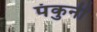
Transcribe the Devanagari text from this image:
पंकुनी